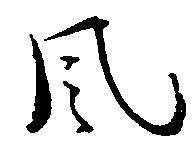
風